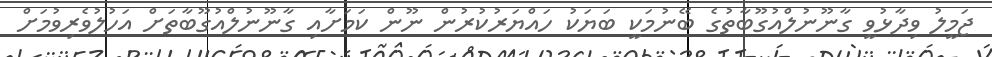
ޖަމީލު ވިދާޅުވީ ގާނޫނުލްއުގޫބާތުގެ ބޭނުމަކީ ބަޔަކު ހައްޔަރުކުރުން ނޫން ކަމަށާއި ގާނޫނުލްއުގޫބާތަށް އަހުލުވެރިވުމަށް